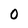
Character: 0